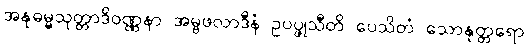
အနုဓမ္မသုတ္တာဒိဝဏ္ဏနာ အမ္ဗဖလာဒီနံ ဥပပ္ဖုသီတိ ပေသိတံ သောနုတ္တရော